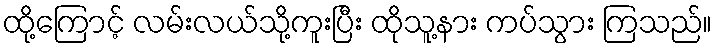
ထို့ကြောင့် လမ်းလယ်သို့ကူးပြီး ထိုသူ့နား ကပ်သွား ကြသည်။